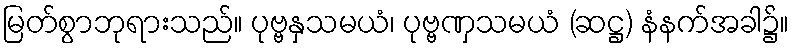
မြတ်စွာဘုရားသည်။ ပုဗ္ဗနှသမယံ၊ ပုဗ္ဗဏှသမယံ (ဆဋ္ဌ) နံနက်အခါ၌။